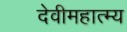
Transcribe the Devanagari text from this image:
देवीमहात्म्य